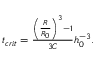
\begin{array} { r } { t _ { c r i t } = \frac { \left( \frac { R } { R _ { 0 } } \right) ^ { 3 } - 1 } { 3 C } h _ { 0 } ^ { - 3 } . } \end{array}